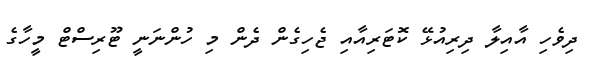
ދިވެހި އާއިލާ ދިރިއުޅޭ ކޮޓަރިއާއި ޖެހިގެން ދެން މި ހުންނަނީ ޓޫރިސްޓް މީހާގެ